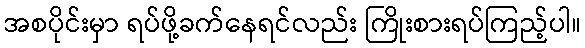
အစပိုင်းမှာ ရပ်ဖို့ခက်နေရင်လည်း ကြိုးစားရပ်ကြည့်ပါ။